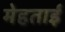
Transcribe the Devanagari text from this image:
मेहताई